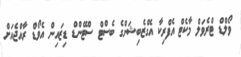
ވޯލްޑް ޓްރެވަލް މާކެޓް އެފްރިކާ އެގްޒެބިޝަންގެ ބެސްޓް ސްޓޭންޑް ޑިޒައިން އެވޯޑް ރާއްޖެއަށް